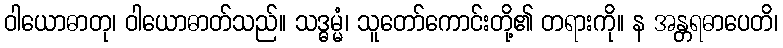
ဝါယောဓာတု၊ ဝါယောဓာတ်သည်။ သဒ္ဓမ္မံ၊ သူတော်ကောင်းတို့၏ တရားကို။ န အန္တရဓာပေတိ၊